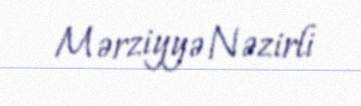
Mərziyyə Nəzirli